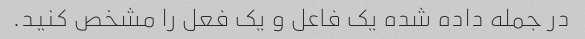
در جمله داده شده یک فاعل و یک فعل را مشخص کنید.